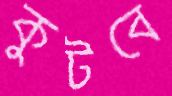
কুটবে